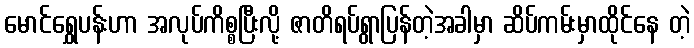
မောင်ရွှေပန်းဟာ အလုပ်ကိစ္စပြီးလို့ ဇာတိရပ်ရွာပြန်တဲ့အခါမှာ ဆိပ်ကမ်းမှာထိုင်နေ တဲ့